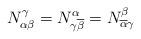
LaTeX: \begin{align*}N_{\alpha\beta}^{\gamma}=N^{\alpha}_{\gamma\overline{\beta}}=N^{\beta}_{\overline{\alpha}\gamma}\end{align*}